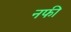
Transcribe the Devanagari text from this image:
नफी